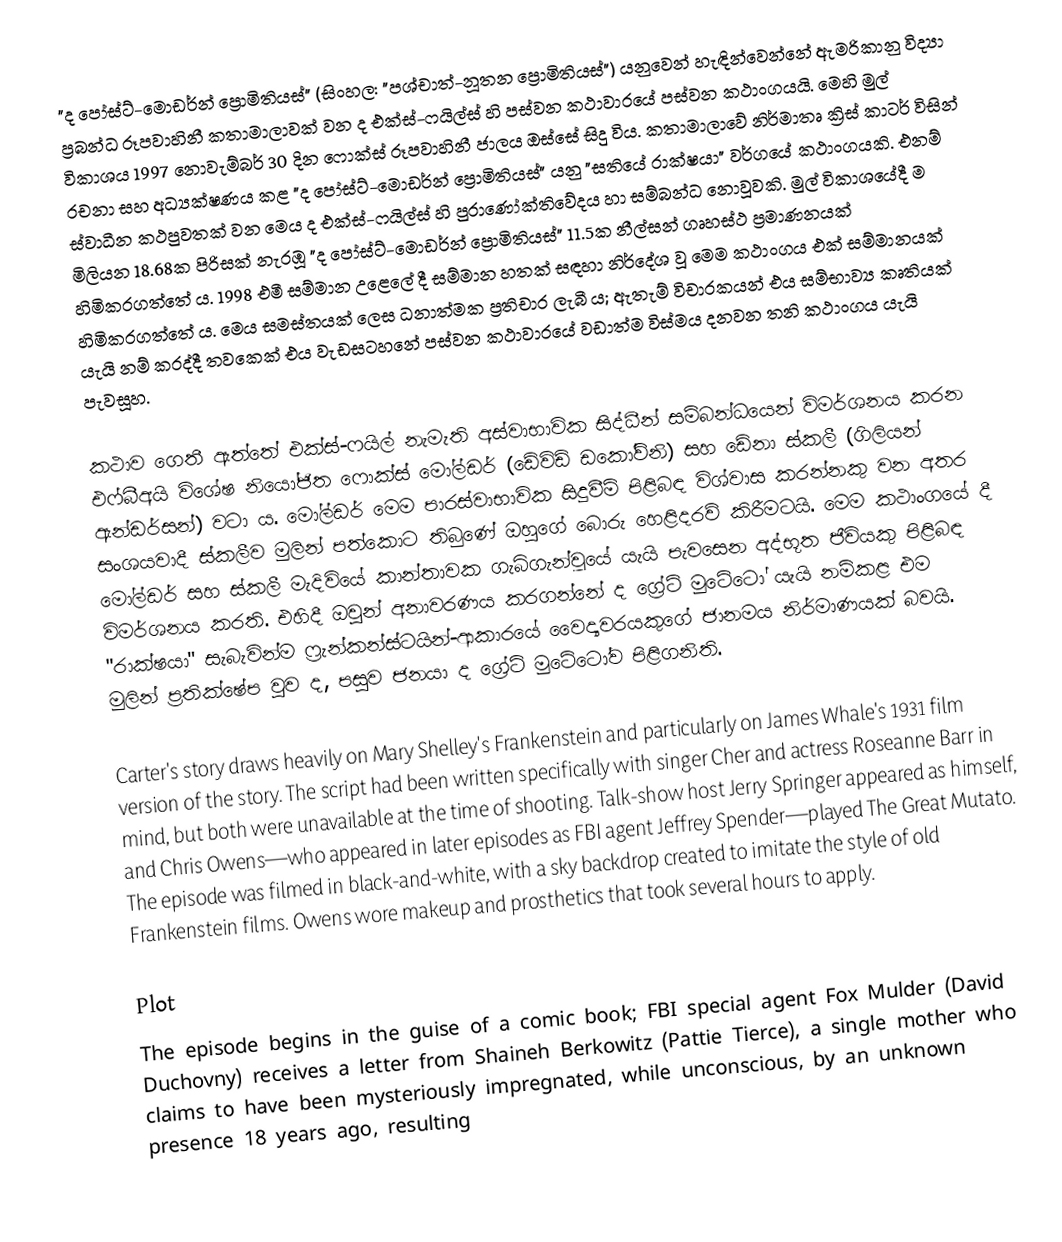
"ද පෝස්ට්-මොඩර්න් ප්‍රොමිතියස්" (සිංහල: "පශ්චාත්-නූතන ප්‍රොමිතියස්") යනුවෙන් හැඳින්වෙන්නේ ඇමරිකානු විද්‍යා ප්‍රබන්ධ රූපවාහිනී කතාමාලාවක් වන ද එක්ස්-ෆයිල්ස් හි පස්වන කථාවාරයේ පස්වන කථාංගයයි. මෙහි මුල් විකාශය 1997 නොවැම්බර් 30 දින ෆොක්ස් රූපවාහිනී ජාලය ඔස්සේ සිදු විය. කතාමාලාවේ නිර්මාතෘ ක්‍රිස් කාටර් විසින් රචනා සහ අධ්‍යක්ෂණය කළ "ද පෝස්ට්-මොඩර්න් ප්‍රොමිතියස්" යනු  "සතියේ රාක්ෂයා" වර්ගයේ කථාංගයකි. එනම් ස්වාධීන කථපුවතක් වන මෙය ද එක්ස්-ෆයිල්ස් හි පුරාණෝක්තිවේදය හා සම්බන්ධ නොවූවකි. මුල් විකාශයේදී ම මිලියන 18.68ක පිරිසක් නැරඹූ "ද පෝස්ට්-මොඩර්න් ප්‍රොමිතියස්" 11.5ක නීල්සන් ගෘහස්ථ ප්‍රමාණනයක් හිමිකරගත්තේ ය. 1998 එමී සම්මාන උළෙලේ දී සම්මාන හතක් සඳහා නිර්දේශ වූ මෙම කථාංගය එක් සම්මානයක් හිමිකරගත්තේ ය. මෙය සමස්තයක් ලෙස ධනාත්මක ප්‍රතිචාර ලැබී ය; ඇතැම් විචාරකයන් එය සම්භාව්‍ය කෘතියක් යැයි නම් කරද්දී තවකෙක් එය වැඩසටහනේ පස්වන කථාවාරයේ වඩාත්ම විස්මය දනවන තනි කථාංගය යැයි පැවසූහ.

කථාව ගෙතී ඇත්තේ එක්ස්-ෆයිල් නැමැති අස්වාභාවික සිද්ධීන් සම්බන්ධයෙන් විමර්ශනය කරන එෆ්බීඅයි විශේෂ නියෝජිත ෆොක්ස් මෝල්ඩර් (ඩේවිඩ් ඩකෝව්නි) සහ ඩේනා ස්කලී (ගිලියන් ඇන්ඩර්සන්) වටා ය. මෝල්ඩර් මෙම පාරස්වාභාවික සිදුවීම් පිළිබඳ විශ්වාස කරන්නකු වන අතර සංශයවාදී ස්කලීව මුලින් පත්කොට තිබුණේ ඔහුගේ බොරු හෙළිදරව් කිරීමටයි. මෙම කථාංගයේ දී මෝල්ඩර් සහ ස්කලී මැදිවියේ කාන්තාවක ගැබ්ගැන්වූයේ යැයි පැවසෙන අද්භූත ජීවියකු පිළිබඳ විමර්ශනය කරති. එහිදී ඔවුන් අනාවරණය කරගන්නේ ද ග්‍රේට් මුටේටෝ යැයි නම්කළ එම "රාක්ෂයා" සැබැවින්ම ෆ්‍රැන්කන්ස්ටයින්-ආකාරයේ වෛද්‍යවරයකුගේ ජානමය නිර්මාණයක් බවයි. මුලින් ප්‍රතික්ෂේප වුව ද, පසුව ජනයා ද ග්‍රේට් මුටේටෝව පිළිගනිති.

Carter's story draws heavily on Mary Shelley's Frankenstein and particularly on James Whale's 1931 film version of the story. The script had been written specifically with singer Cher and actress Roseanne Barr in mind, but both were unavailable at the time of shooting. Talk-show host Jerry Springer appeared as himself, and Chris Owens—who appeared in later episodes as FBI agent Jeffrey Spender—played The Great Mutato. The episode was filmed in black-and-white, with a sky backdrop created to imitate the style of old Frankenstein films. Owens wore makeup and prosthetics that took several hours to apply.

Plot
The episode begins in the guise of a comic book; FBI special agent Fox Mulder (David Duchovny) receives a letter from Shaineh Berkowitz (Pattie Tierce), a single mother who claims to have been mysteriously impregnated, while unconscious, by an unknown presence 18 years ago, resulting